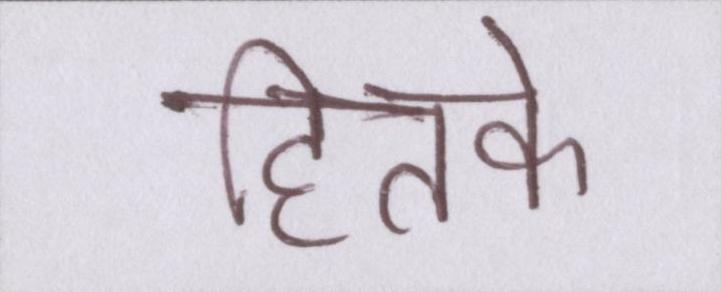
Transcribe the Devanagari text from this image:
हितके